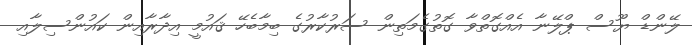
ލޭންޑް ޔޫސް ޕްލޭނާ އެއްގޮތްވާ ގޮތުގެމަތިން ސަރުކާރުގެ ބިމާބެހޭ ޤައުމީ އިދާރާއިން ކައުންސިލާއި